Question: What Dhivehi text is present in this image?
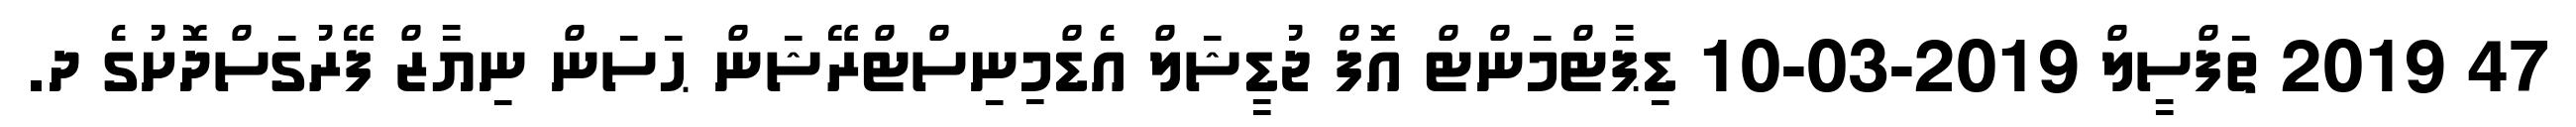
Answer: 47 2019 ތަފްސީލް 2019-03-10 ޑިޕާޓްމަންޓް އޮފް ޖުޑީޝަލް އެޑްމިނިސްޓްރޭޝަން ޙަސަން ނިޔާޒް ފޭރުގަސްދޮށުގެ ދ.